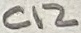
Text: C12